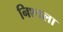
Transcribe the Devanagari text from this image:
निश्चला